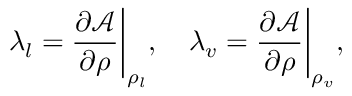
\lambda _ { l } = \frac { \partial \mathcal { A } } { \partial \rho } \bigg \vert _ { \rho _ { l } } , \quad \lambda _ { v } = \frac { \partial \mathcal { A } } { \partial \rho } \bigg \vert _ { \rho _ { v } } ,